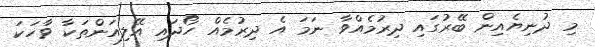
މި ދުނިޔެއިން ބޭރުގައި ދިރުމެއްވާ ނަމަ އެ ދިރުމެއް ހޯދައި އޭލިއަންތަކާ ވާހަކަ